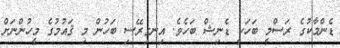
ޑެންމާކުގެ ރަސްމީ ބަހަކީ ޑެނިޝް ބަހެވެ. އިނގިރޭސި ބަހުން މި ޤައުމުގެ މީހުންނަށް